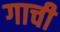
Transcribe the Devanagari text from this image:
गाची